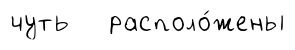
чуть располо́жены